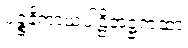
ပဉ္စနိကာယပါဠိအဋ္ဌကထာ